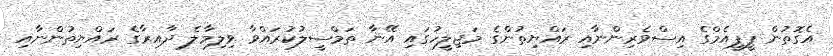
އެގޮތުން ޕީޕީއެމްގެ އިސްވެރިންނާއި ރައްޔިތުންގެ މަޖިލީހުގައި އޭނާ ތަމްސީލުކުރައްވާ ވިލިމާލެ ދާއިރާގެ ރައްޔިތުންނާއި